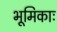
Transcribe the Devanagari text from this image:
भूमिकाः